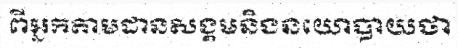
ពីអ្នកតាមដានសង្គមនិងនយោបាយថា